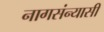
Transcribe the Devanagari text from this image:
नागसंन्यासी